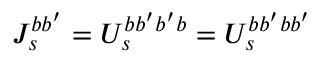
J _ { s } ^ { b b ^ { \prime } } = U _ { s } ^ { b b ^ { \prime } b ^ { \prime } b } = U _ { s } ^ { b b ^ { \prime } b b ^ { \prime } }